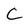
Character: C